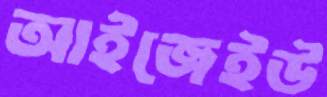
আইজেইউ